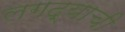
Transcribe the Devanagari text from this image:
लगद्याची